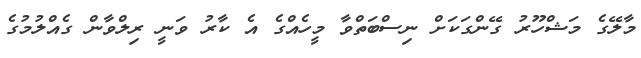
މާލޭގެ މަޝްހޫރު ގޭންގަކަށް ނިސްބަތްވާ މީހެއްގެ އެ ކާރު ވަނީ ރިލްވާން ގެއްލުމުގެ